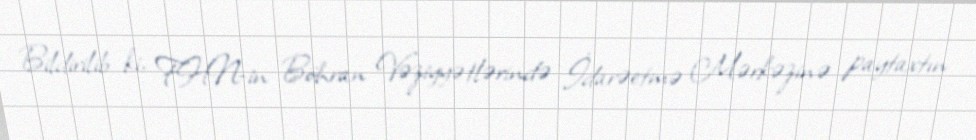
Bildirilib ki, FHN-in Böhran Vəziyyətlərində İdarəetmə Mərkəzinə paytaxtın